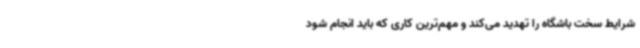
شرایط سخت باشگاه را تهدید می‌کند و مهم‌ترین کاری که باید انجام شود